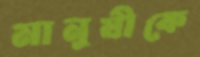
মানুষীকে